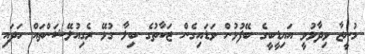
މުނީޒާ ވިދާޅުވީ އައިޑީބީގެ ބޭފުޅުން ވަޑައިގެން ޒަކާތުގެ ބިލާ ގުޅޭ ރެގިއުލޭޝަންތައް ހަދައި